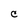
Character: C